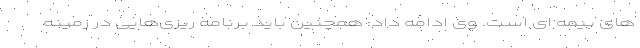
های بیمه ای است. وی ادامه داد: همچنین باید برنامه ریزی‌هایی در زمینه